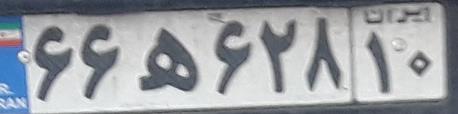
۶۶ه۶۲۸۱۰